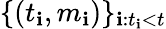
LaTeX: \{ (t_{\mathbf{i}},m_{\mathbf{i}})\} _{\mathbf{i}:t_{\mathbf{i}}<t}